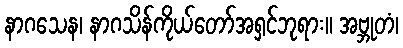
နာဂသေန၊ နာဂသိန်ကိုယ်တော်အရှင်ဘုရား။ အဗ္ဘုတံ၊